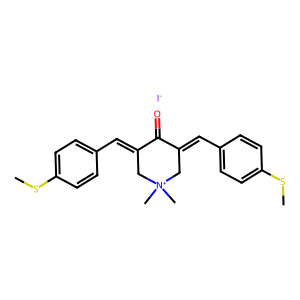
SMILES: CSc1ccc(C=C2C[N+](C)(C)CC(=Cc3ccc(SC)cc3)C2=O)cc1.[I-]
Inhibits HIV replication: No